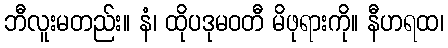
ဘီလူးမတည်း။ နံ၊ ထိုပဒုမဝတီ မိဖုရားကို။ နီဟရထ၊